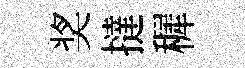
奖撻穉